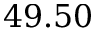
4 9 . 5 0